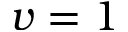
v = 1